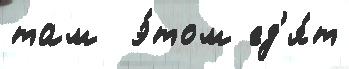
там  э́том ед'я́т